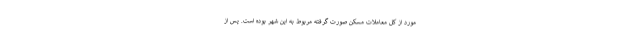
مورد از کل معاملات مسکن صورت گرفته مربوط به این شهر بوده است. پس از